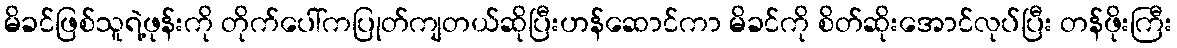
မိခင်ဖြစ်သူရဲ့ဖုန်းကို တိုက်ပေါ်ကပြုတ်ကျတယ်ဆိုပြီးဟန်ဆောင်ကာ မိခင်ကို စိတ်ဆိုးအောင်လုပ်ပြီး တန်ဖိုးကြီး